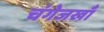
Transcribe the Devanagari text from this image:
चंगेजखाँ